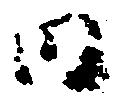
内